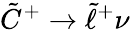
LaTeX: {\tilde{C}}^{+}\rightarrow{\tilde{\ell}}^{+}\nu